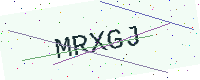
Text: MRXGJ